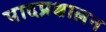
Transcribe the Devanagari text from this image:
पादप्रक्षालन